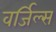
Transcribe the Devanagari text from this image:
वर्जिल्स